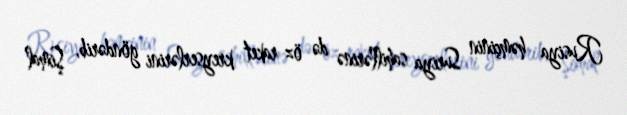
Rusiya həmçinin Suriya sahillərinə də öz raket kreyserlərini göndərib, Şimal